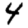
Digit: 4